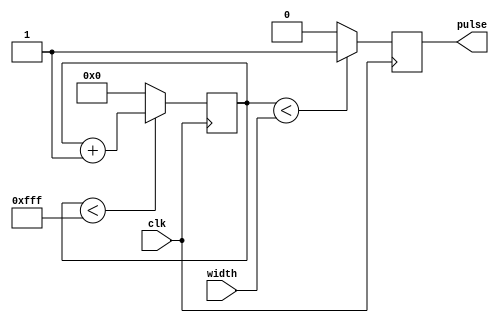
/*
-------------------------------------------------------
Pulse Width Modulation Module
-------------------------------------------------------
Creates a pwm signal with a given period and duty cycle. Based on the 10 ns clk
of the basys board, will generated a signal that counts by 10 ns.
-------------------------------------------------------
Author : Akhil Kapadia
Code based off pwm.v by Rice Rodriguez.
-------------------------------------------------------
*/
module pwm #(parameter SIZE = 12, PERIOD = 4095)
(input clk,
input [SIZE-1:0] width,
output reg pulse);

reg [SIZE-1:0] count;
initial
	begin
		count <=0;
		pulse <= 0;
	end

always @ (posedge clk)
	begin
		count <= (count < PERIOD) ? count + 1 : 0;
		pulse <= (count < width) ? 1 : 0;
	end
endmodule